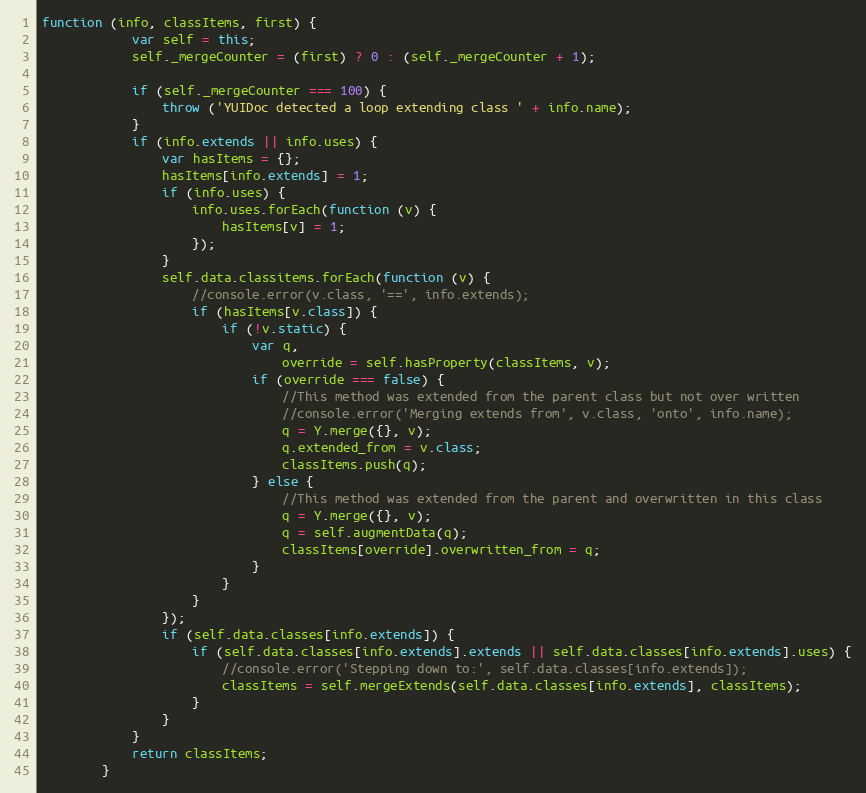
Language: JavaScript
function (info, classItems, first) {
            var self = this;
            self._mergeCounter = (first) ? 0 : (self._mergeCounter + 1);

            if (self._mergeCounter === 100) {
                throw ('YUIDoc detected a loop extending class ' + info.name);
            }
            if (info.extends || info.uses) {
                var hasItems = {};
                hasItems[info.extends] = 1;
                if (info.uses) {
                    info.uses.forEach(function (v) {
                        hasItems[v] = 1;
                    });
                }
                self.data.classitems.forEach(function (v) {
                    //console.error(v.class, '==', info.extends);
                    if (hasItems[v.class]) {
                        if (!v.static) {
                            var q,
                                override = self.hasProperty(classItems, v);
                            if (override === false) {
                                //This method was extended from the parent class but not over written
                                //console.error('Merging extends from', v.class, 'onto', info.name);
                                q = Y.merge({}, v);
                                q.extended_from = v.class;
                                classItems.push(q);
                            } else {
                                //This method was extended from the parent and overwritten in this class
                                q = Y.merge({}, v);
                                q = self.augmentData(q);
                                classItems[override].overwritten_from = q;
                            }
                        }
                    }
                });
                if (self.data.classes[info.extends]) {
                    if (self.data.classes[info.extends].extends || self.data.classes[info.extends].uses) {
                        //console.error('Stepping down to:', self.data.classes[info.extends]);
                        classItems = self.mergeExtends(self.data.classes[info.extends], classItems);
                    }
                }
            }
            return classItems;
        }